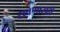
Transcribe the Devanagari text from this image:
रावणासही